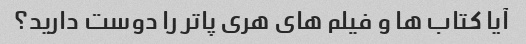
آیا کتاب ها و فیلم های هری پاتر را دوست دارید؟